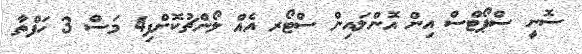
ސޮނީ ސްޕޯޓްސް އިން އޮންލައިން ސްޓޯރ އެއް ލޯންޗުކޮށްފި4 މަސް 3 ހަފްތާ